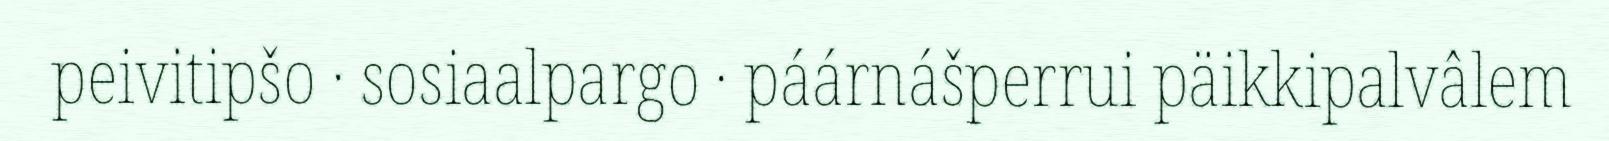
peivitipšo · sosiaalpargo · páárnášperrui päikkipalvâlem